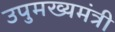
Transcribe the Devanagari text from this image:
उपुमख्यमंत्री